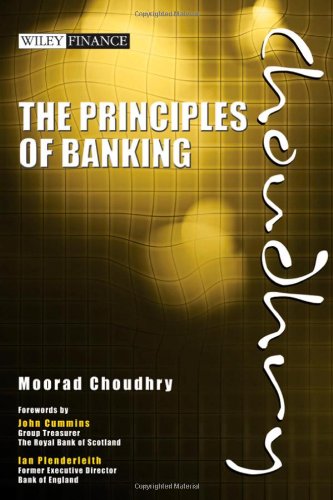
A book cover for The Principles of Banking; Moorad Choudhry; Business & Money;